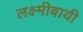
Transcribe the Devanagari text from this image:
लक्ष्मीबायी